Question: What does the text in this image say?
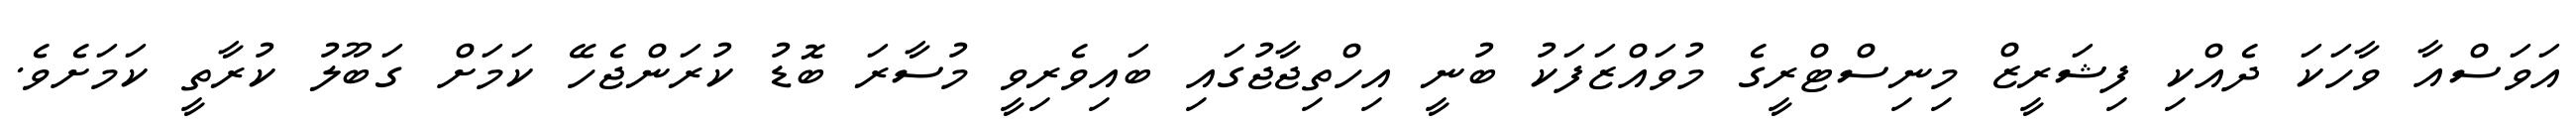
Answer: އަވަސްއާ ވާހަކަ ދެއްކި ފިޝަރީޒް މިނިސްޓްރީގެ މުވައްޒަފަކު ބުނީ އިހްތިޖާޖުގައި ބައިވެރިވީ މުސާރަ ބޮޑު ކުރަންޖެހޭ ކަމަށް ގަބޫލު ކުރާތީ ކަމަށެވެ.